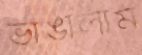
ভাঙালাম